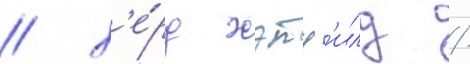
/ х'е́рд хэтф'илд /